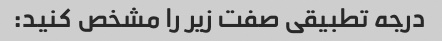
درجه تطبیقی صفت زیر را مشخص کنید: